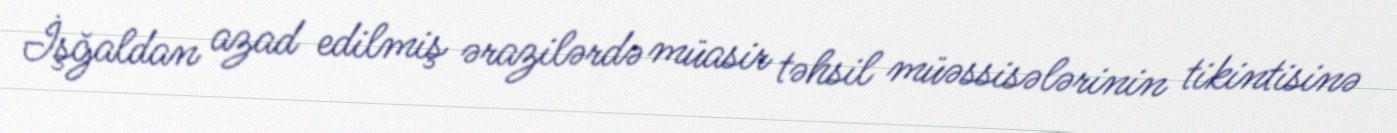
İşğaldan azad edilmiş ərazilərdə müasir təhsil müəssisələrinin tikintisinə